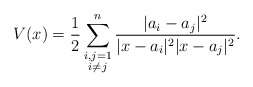
\begin{align*}V(x)=\frac{1}{2}\sum_{\substack{i,j=1\\ i\ne j}}^{n}\frac{|a_i-a_j|^2}{|x-a_i|^2|x-a_j|^2}.\end{align*}